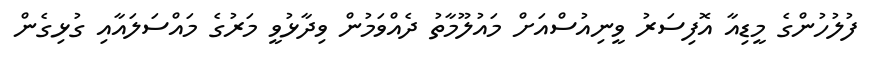
ފުލުހުންގެ މީޑިއާ އޮފިސަރު ވީނިއުސްއަށް މައުލޫމާތު ދެއްވަމުން ވިދާޅުވީ މަރުގެ މައްސަލައާއި ގުޅިގެން